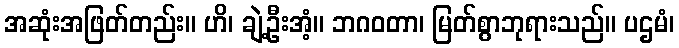
အဆုံးအဖြတ်တည်း။ ဟိ၊ ချဲ့ဦးအံ့။ ဘဂဝတာ၊ မြတ်စွာဘုရားသည်။ ပဌမံ၊